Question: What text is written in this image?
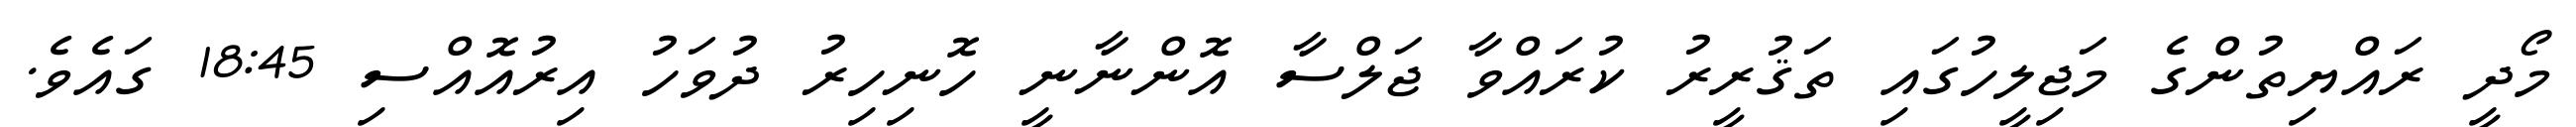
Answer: މޯދީ ރައްޔިތުންގެ މަޖިލީހުގައި ތަޤުރީރު ކުރައްވާ ޖަލްސާ އޮންނާނީ ހޮނިހިރު ދުވަހު އިރުއޮއްސި 18:45 ގައެވެ.